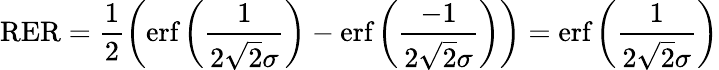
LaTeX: \textup{RER}=\frac{1}{2}\left(\textup{erf}\left(\frac{1}{2\sqrt{2}\sigma}\right)-\textup{erf}\left(\frac{-1}{2\sqrt{2}\sigma}\right)\right)=\textup{erf}\left(\frac{1}{2\sqrt{2}\sigma}\right)